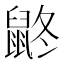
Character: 鼨